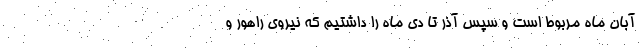
آبان ماه مربوط است و سپس آذر تا دی ماه را داشتیم که نیروی راهور و